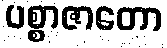
ပစ္စာဇာတော